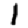
Digit: 1